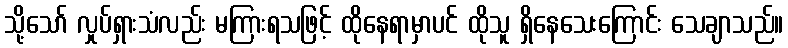
သို့သော် လှုပ်ရှားသံလည်း မကြားရသဖြင့် ထိုနေရာမှာပင် ထိုသူ ရှိနေသေးကြောင်း သေချာသည်။